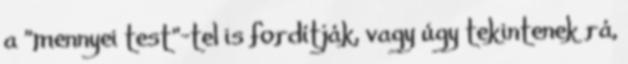
a "mennyei test"-tel is fordítják, vagy úgy tekintenek rá,